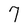
Character: 7